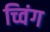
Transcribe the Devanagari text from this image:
च्विंग